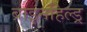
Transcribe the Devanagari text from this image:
ब्राइनहिल्ड्र